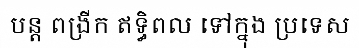
បន្ត ពង្រីក ឥទ្ធិពល ទៅក្នុង ប្រទេស